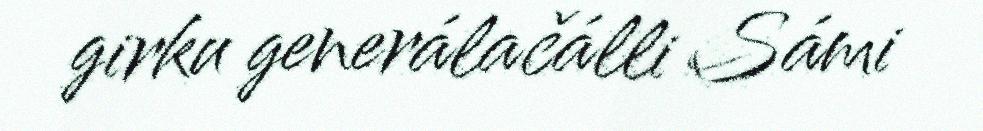
girku generálačálli Sámi